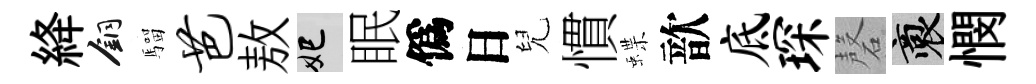
絳銅騮芭敖妃眠僞日兒慣蝶歆底琛磬裔憫